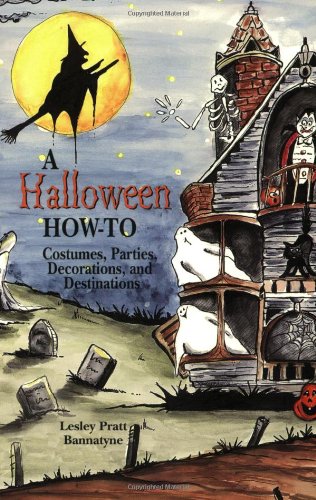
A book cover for Halloween How-To, A: Costumes, Parties, Decorations, and Destinations; Lesley Bannatyne; Cookbooks, Food & Wine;